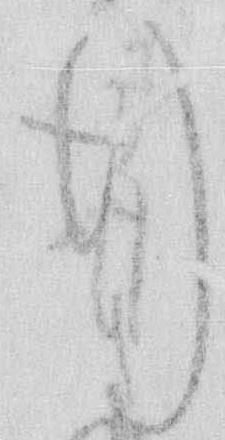
行